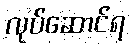
လုပ်ဆောင်ရ